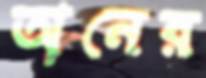
অনের